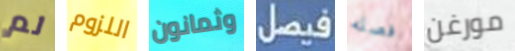
لم اللزوم وثمانون فيصل فصله مورغن